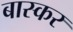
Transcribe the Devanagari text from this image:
बास्कर